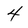
Character: 4